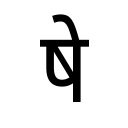
OCR:
षे